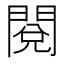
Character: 閱